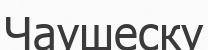
Чаушеску